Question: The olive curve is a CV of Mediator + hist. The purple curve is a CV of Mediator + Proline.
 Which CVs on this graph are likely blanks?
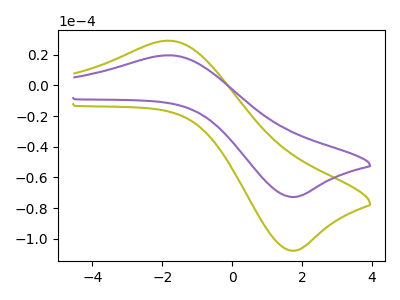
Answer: <think>The olive curve "Mediator + hist" has an anodic peak at (-1.80V, 29.20uA) and a cathodic peak at (1.80V, -107.85uA). The purple curve "Mediator + Proline" has an anodic peak at (-1.80V, 19.70uA) and a cathodic peak at (1.80V, -72.80uA).</think>
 <answer>There are not any CV's on this graph that are likely to be blanks.</answer>
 <eval>none</eval>